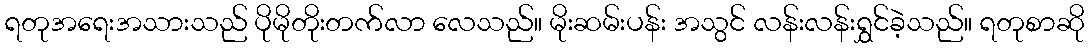
ရတုအရေးအသားသည် ပိုမိုတိုးတက်လာ လေသည်။ မိုးဆမ်းပန်း အသွင် လန်းလန်းရွှင်ခဲ့သည်။ ရတုစာဆို